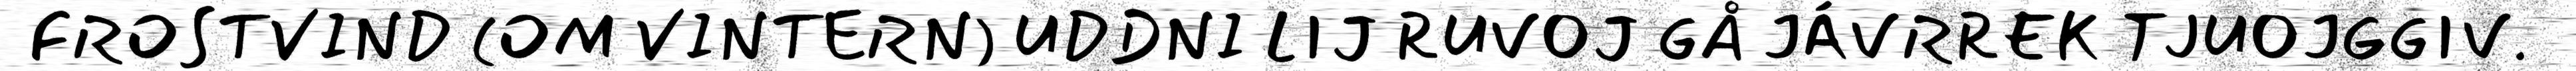
FROSTVIND (OM VINTERN) UDDNI LIJ RUVOJ GÅ JÁVRREK TJUOJGGIV.